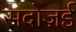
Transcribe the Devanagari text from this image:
सदोज़ई